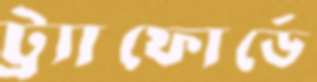
ট্র্যাফোর্ডে